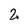
Character: 2